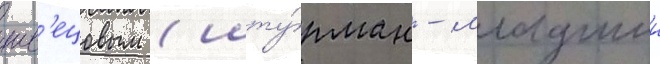
шв'ецовым (шту́рман - младшии